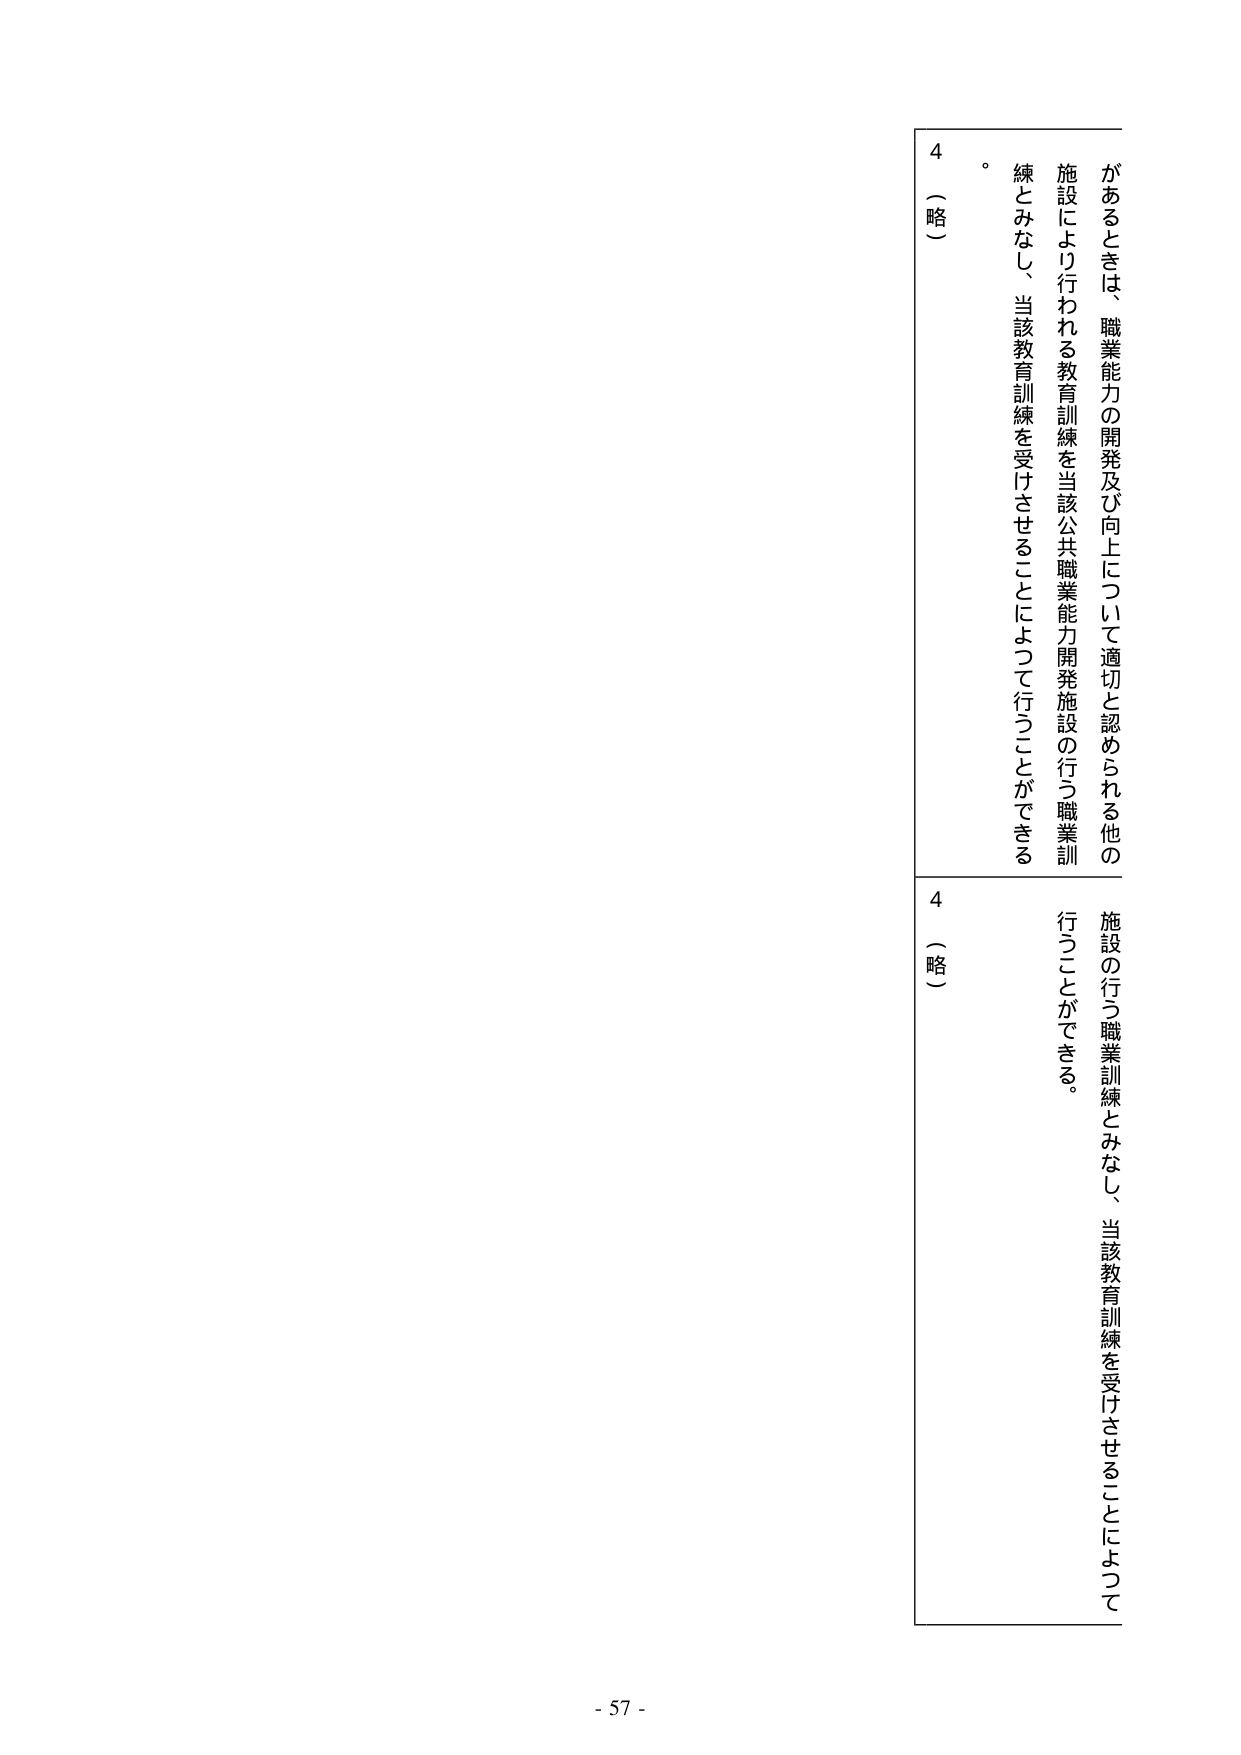
があるときは、職業能力の開発及び向上について適切と認められる他の
施設により行われる教育訓練を当該公共職業能力開発施設の行う職業訓
練とみなし、当該教育訓練を受けさせるようにして行くことができる
。
4 （略）
施設の行う職業訓練とみなし、当該教育訓練を受けさせるようにして
行くことができる。
4 （略）
- 57 -